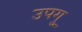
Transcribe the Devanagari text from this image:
उपगु